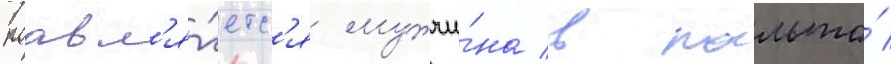
поавл'я́етс'я мужчи́на в пальто́